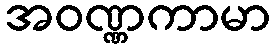
အဝဏ္ဏကာမာ